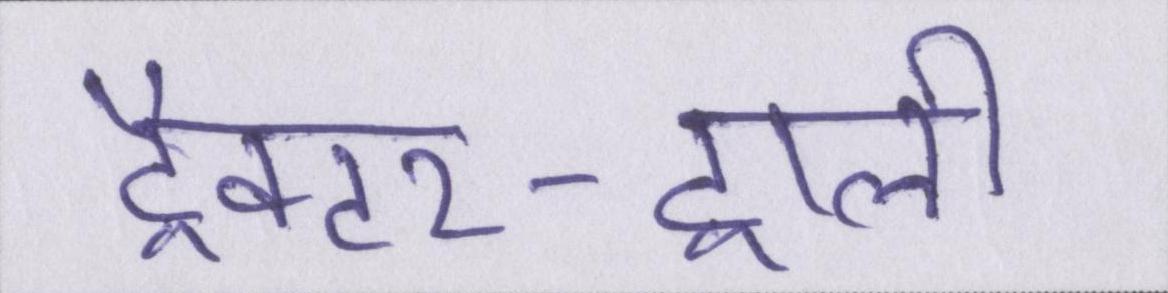
ट्रैक्टर-ट्राली